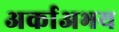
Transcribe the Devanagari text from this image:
अर्काअभय